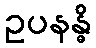
ဥပနန္ဓိ